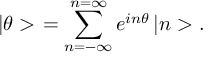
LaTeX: \left| \theta > \right. = \sum _ { n = - \infty } ^ { n = \infty } e ^ { i n \theta } \left| n > \right. .